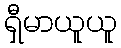
ရှီမာယူယူ